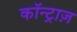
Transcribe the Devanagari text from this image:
कॉन्ट्राज़